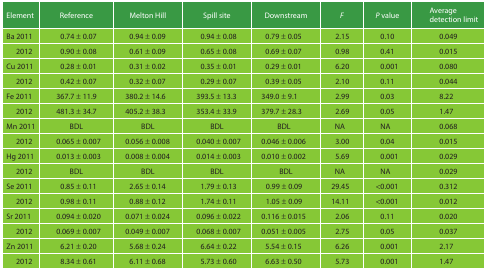
<table><thead><tr><td><b>Element</b></td><td><b>Reference</b></td><td><b>Melton Hill</b></td><td><b>Spill site</b></td><td><b>Downstream</b></td><td><b><i>F</i></b></td><td><b><i>P</i> value</b></td><td><b>Average detection limit</b></td></tr></thead><tbody><tr><td>Ba 2011</td><td>0.74 ± 0.07</td><td>0.94 ± 0.09</td><td>0.94 ± 0.08</td><td>0.79 ± 0.05</td><td>2.15</td><td>0.10</td><td>0.049</td></tr><tr><td>2012</td><td>0.90 ± 0.08</td><td>0.61 ± 0.09</td><td>0.65 ± 0.08</td><td>0.69 ± 0.07</td><td>0.98</td><td>0.41</td><td>0.015</td></tr><tr><td>Cu 2011</td><td>0.28 ± 0.01</td><td>0.31 ± 0.02</td><td>0.35 ± 0.01</td><td>0.29 ± 0.01</td><td>6.20</td><td>0.001</td><td>0.080</td></tr><tr><td> 2012</td><td>0.42 ± 0.07</td><td>0.32 ± 0.07</td><td>0.29 ± 0.07</td><td>0.39 ± 0.05</td><td>2.10</td><td>0.11</td><td>0.044</td></tr><tr><td>Fe 2011</td><td>367.7 ± 11.9</td><td>380.2 ± 14.6</td><td>393.5 ± 13.3</td><td>349.0 ± 9.1</td><td>2.99</td><td>0.03</td><td>8.22</td></tr><tr><td> 2012</td><td>481.3 ± 34.7</td><td>405.2 ± 38.3</td><td>353.4 ± 33.9</td><td>379.7 ± 28.3</td><td>2.69</td><td>0.05</td><td>1.47</td></tr><tr><td>Mn 2011</td><td>BDL</td><td>BDL</td><td>BDL</td><td>BDL</td><td>NA</td><td>NA</td><td>0.068</td></tr><tr><td> 2012</td><td>0.065 ± 0.007</td><td>0.056 ± 0.008</td><td>0.040 ± 0.007</td><td>0.046 ± 0.006</td><td>3.00</td><td>0.04</td><td>0.015</td></tr><tr><td>Hg 2011</td><td>0.013 ± 0.003</td><td>0.008 ± 0.004</td><td>0.014 ± 0.003</td><td>0.010 ± 0.002</td><td>5.69</td><td>0.001</td><td>0.029</td></tr><tr><td> 2012</td><td>BDL</td><td>BDL</td><td>BDL</td><td>BDL</td><td>NA</td><td>NA</td><td>0.029</td></tr><tr><td>Se 2011</td><td>0.85 ± 0.11</td><td>2.65 ± 0.14</td><td>1.79 ± 0.13</td><td>0.99 ± 0.09</td><td>29.45</td><td>&lt;0.001</td><td>0.312</td></tr><tr><td> 2012</td><td>0.98 ± 0.11</td><td>0.88 ± 0.12</td><td>1.74 ± 0.11</td><td>1.05 ± 0.09</td><td>14.11</td><td>&lt;0.001</td><td>0.012</td></tr><tr><td>Sr 2011</td><td>0.094 ± 0.020</td><td>0.071 ± 0.024</td><td>0.096 ± 0.022</td><td>0.116 ± 0.015</td><td>2.06</td><td>0.11</td><td>0.020</td></tr><tr><td> 2012</td><td>0.069 ± 0.007</td><td>0.049 ± 0.007</td><td>0.068 ± 0.007</td><td>0.051 ± 0.005</td><td>2.75</td><td>0.05</td><td>0.037</td></tr><tr><td>Zn 2011</td><td>6.21 ± 0.20</td><td>5.68 ± 0.24</td><td>6.64 ± 0.22</td><td>5.54 ± 0.15</td><td>6.26</td><td>0.001</td><td>2.17</td></tr><tr><td> 2012</td><td>8.34 ± 0.61</td><td>6.11 ± 0.68</td><td>5.73 ± 0.60</td><td>6.63 ± 0.50</td><td>5.73</td><td>0.001</td><td>1.47</td></tr></tbody></table>